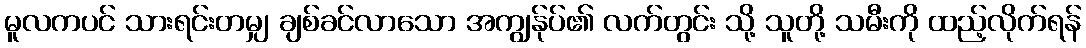
မူလကပင် သားရင်းတမျှ ချစ်ခင်လာသော အကျွန်ုပ်၏ လက်တွင်း သို့ သူတို့ သမီးကို ထည့်လိုက်ရန်